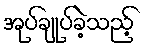
အုပ်ချုပ်ခဲ့သည့်